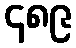
၄၈၉